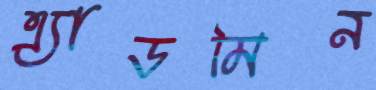
এ্যাডমিন